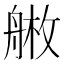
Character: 𦩚